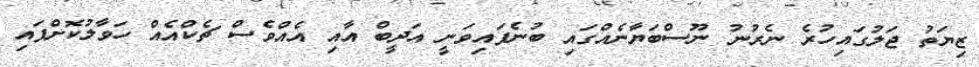
ޒިޔަތު ޖަލުގައިހުރެ ނެރުނު ނޫސްބަޔާނެއްގައި ބުނެފައިވަނީ އަދީބް އާއި އެއްވެސް ޗެކްއެއް ހަވާލުކޮށްފައި